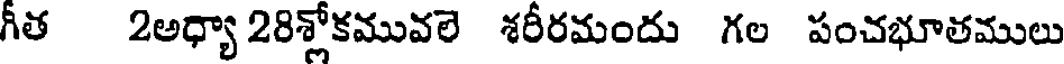
గీత 2అధ్యా 28శ్లోకమువలె శరీరమందు గల పంచభూతములు